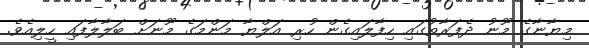
މިޔާނާގެ މޫނު ދެފަރާތުގައި ހިފާލައިގެން ހުރި އަލްޔާ މަންމަގެ މޫނަށް ބަލާލާފައި ހީލިއެވެ.